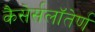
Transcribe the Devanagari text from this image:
कैसेर्सलॉतेर्ण